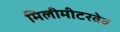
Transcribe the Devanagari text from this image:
मिलीमीटरवेव